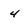
Character: 4